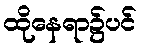
ထိုနေရာ၌ပင်